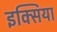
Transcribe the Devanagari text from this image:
इक्सिया